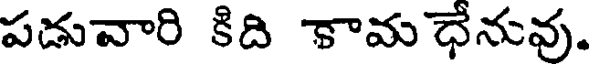
పడువారి కిది కామ ధేనువు.